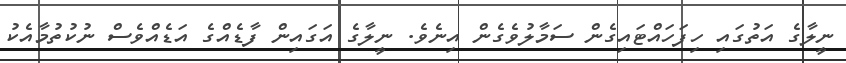
ނީލާގެ އަތުގައި ހިފަހައްޓައިގެން ސަމާލުވެގެން އިނެވެ. ނީލާގެ އަގައިން ފާޑެއްގެ އަޑެއްވެސް ނުކުތުމާއެކު